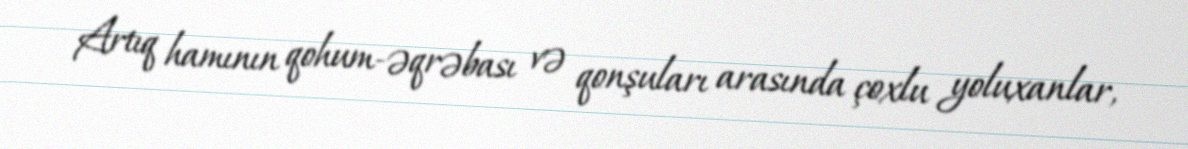
Artıq hamının qohum-əqrəbası və qonşuları arasında çoxlu yoluxanlar,